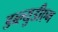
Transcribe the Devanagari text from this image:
डब्ल्युडीएम